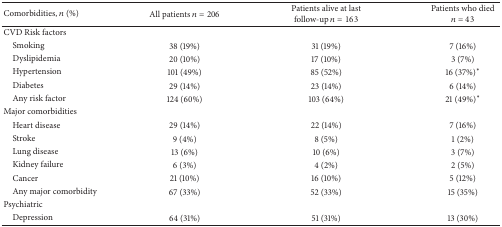
| Comorbidities, n (%) | All patients n = 206 | Patients alive at last follow-up n = 163 | Patients who died n = 43 |
 | --- | --- | --- | --- |
 | CVD Risk factors |  |  |  |
 | Smoking | 38 (19%) | 31 (19%) | 7 (16%) |
 | Dyslipidemia | 20 (10%) | 17 (10%) | 3 (7%) |
 | Hypertension | 101 (49%) | 85 (52%) | 16 (37%)∗ |
 | Diabetes | 29 (14%) | 23 (14%) | 6 (14%) |
 | Any risk factor | 124 (60%) | 103 (64%) | 21 (49%)∗ |
 | Major comorbidities |  |  |  |
 | Heart disease | 29 (14%) | 22 (14%) | 7 (16%) |
 | Stroke | 9 (4%) | 8 (5%) | 1 (2%) |
 | Lung disease | 13 (6%) | 10 (6%) | 3 (7%) |
 | Kidney failure | 6 (3%) | 4 (2%) | 2 (5%) |
 | Cancer | 21 (10%) | 16 (10%) | 5 (12%) |
 | Any major comorbidity | 67 (33%) | 52 (33%) | 15 (35%) |
 | Psychiatric |  |  |  |
 | Depression | 64 (31%) | 51 (31%) | 13 (30%) |